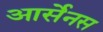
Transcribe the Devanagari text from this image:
आर्सेनस